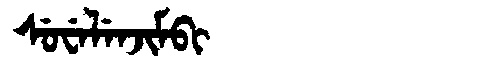
Manchu: ᠰᡠᠸᡝᠯᡝᠨᠵᡳᠮᠪᡳ
Romanization: SUWELENJIMBI